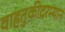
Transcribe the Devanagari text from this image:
वाहतुकीदरम्यान